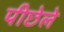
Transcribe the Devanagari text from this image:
पीछेले